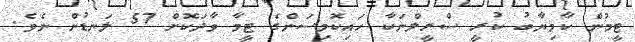
ޓީމުން ކާމިޔާބު ކުރީ ސްރީލްނަކާ ހައިކޮމިސަންގެ ޓީމާ ވާދަކޮށް 57 ލަނޑުން ނެވެ.